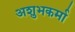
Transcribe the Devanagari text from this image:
अशुभकर्मा